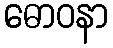
ဓောဝနာ